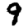
Digit: 9